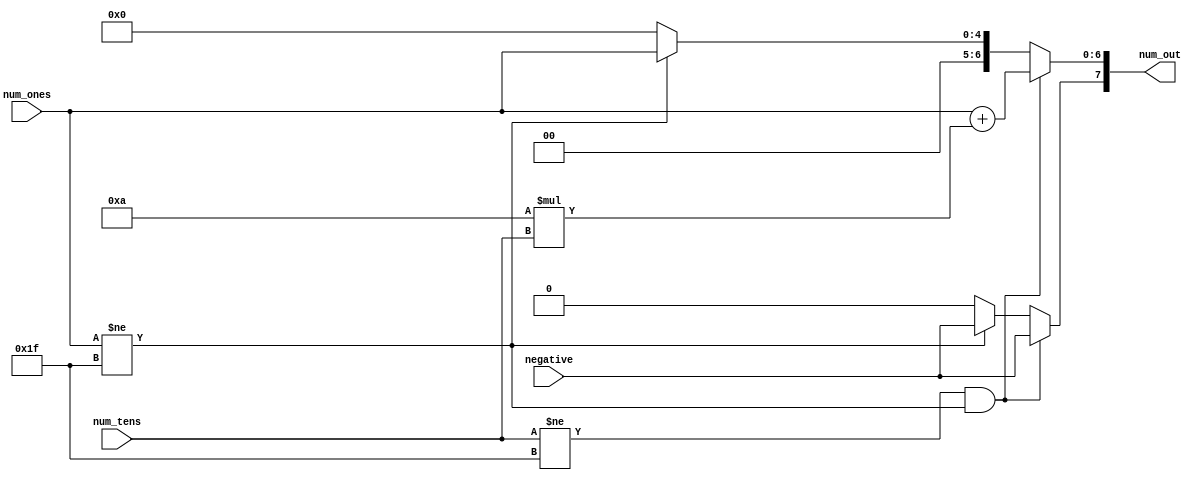
module BCD_to_Binary(num_tens, num_ones, negative, num_out);

	input [4:0]num_tens, num_ones;
	input negative;
	output reg[7:0]num_out;
	
	initial num_out = 8'd0;
	
	
	always @(*)
	begin
		
		if ((num_tens != 5'd31) && (num_ones != 5'd31))					// If the use ronly typed in 1 number.
		begin
			num_out = num_ones + 10*num_tens;	// Tens is added.
			num_out[7] = negative;
		end
		
		else if (num_ones != 5'd31) 
		begin
		num_out = num_ones; 						// The ones number is stored directly.
		num_out[7] = negative;					// Negative flag input.
		end
		
		else 
			num_out = 0;
		
	end

endmodule